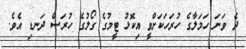
ދެ ވަނަ ހަމަލާގެ ހުރަހަކަށްވީ އިކޮޅު ޓީމުގެ ގޯލުގެ ހުރަސް ދަނޑި އެވެ.